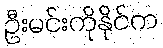
ဦးမင်းကိုနိုင်က